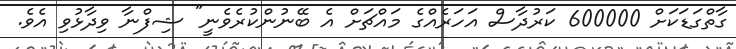
ގާތްގަޑަކަށް 600000 ކަރުދާސް އަހަރެއްގެ މައްޗަށް އެ ބޭނުންކުރެވެނީ" ޝިފްނާ ވިދާޅުވި އެވެ.